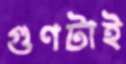
গুণটাই